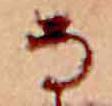
な